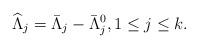
LaTeX: \begin{align*}\widehat\Lambda_j = \bar\Lambda_j - \bar\Lambda_j^0, 1\leq j\leq k .\end{align*}